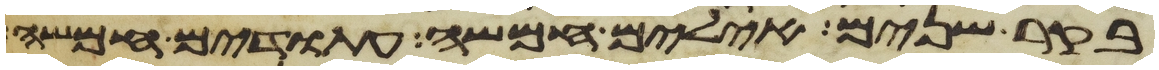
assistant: בקר שנים אילים חמשה עתודים חמשה